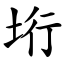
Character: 垳